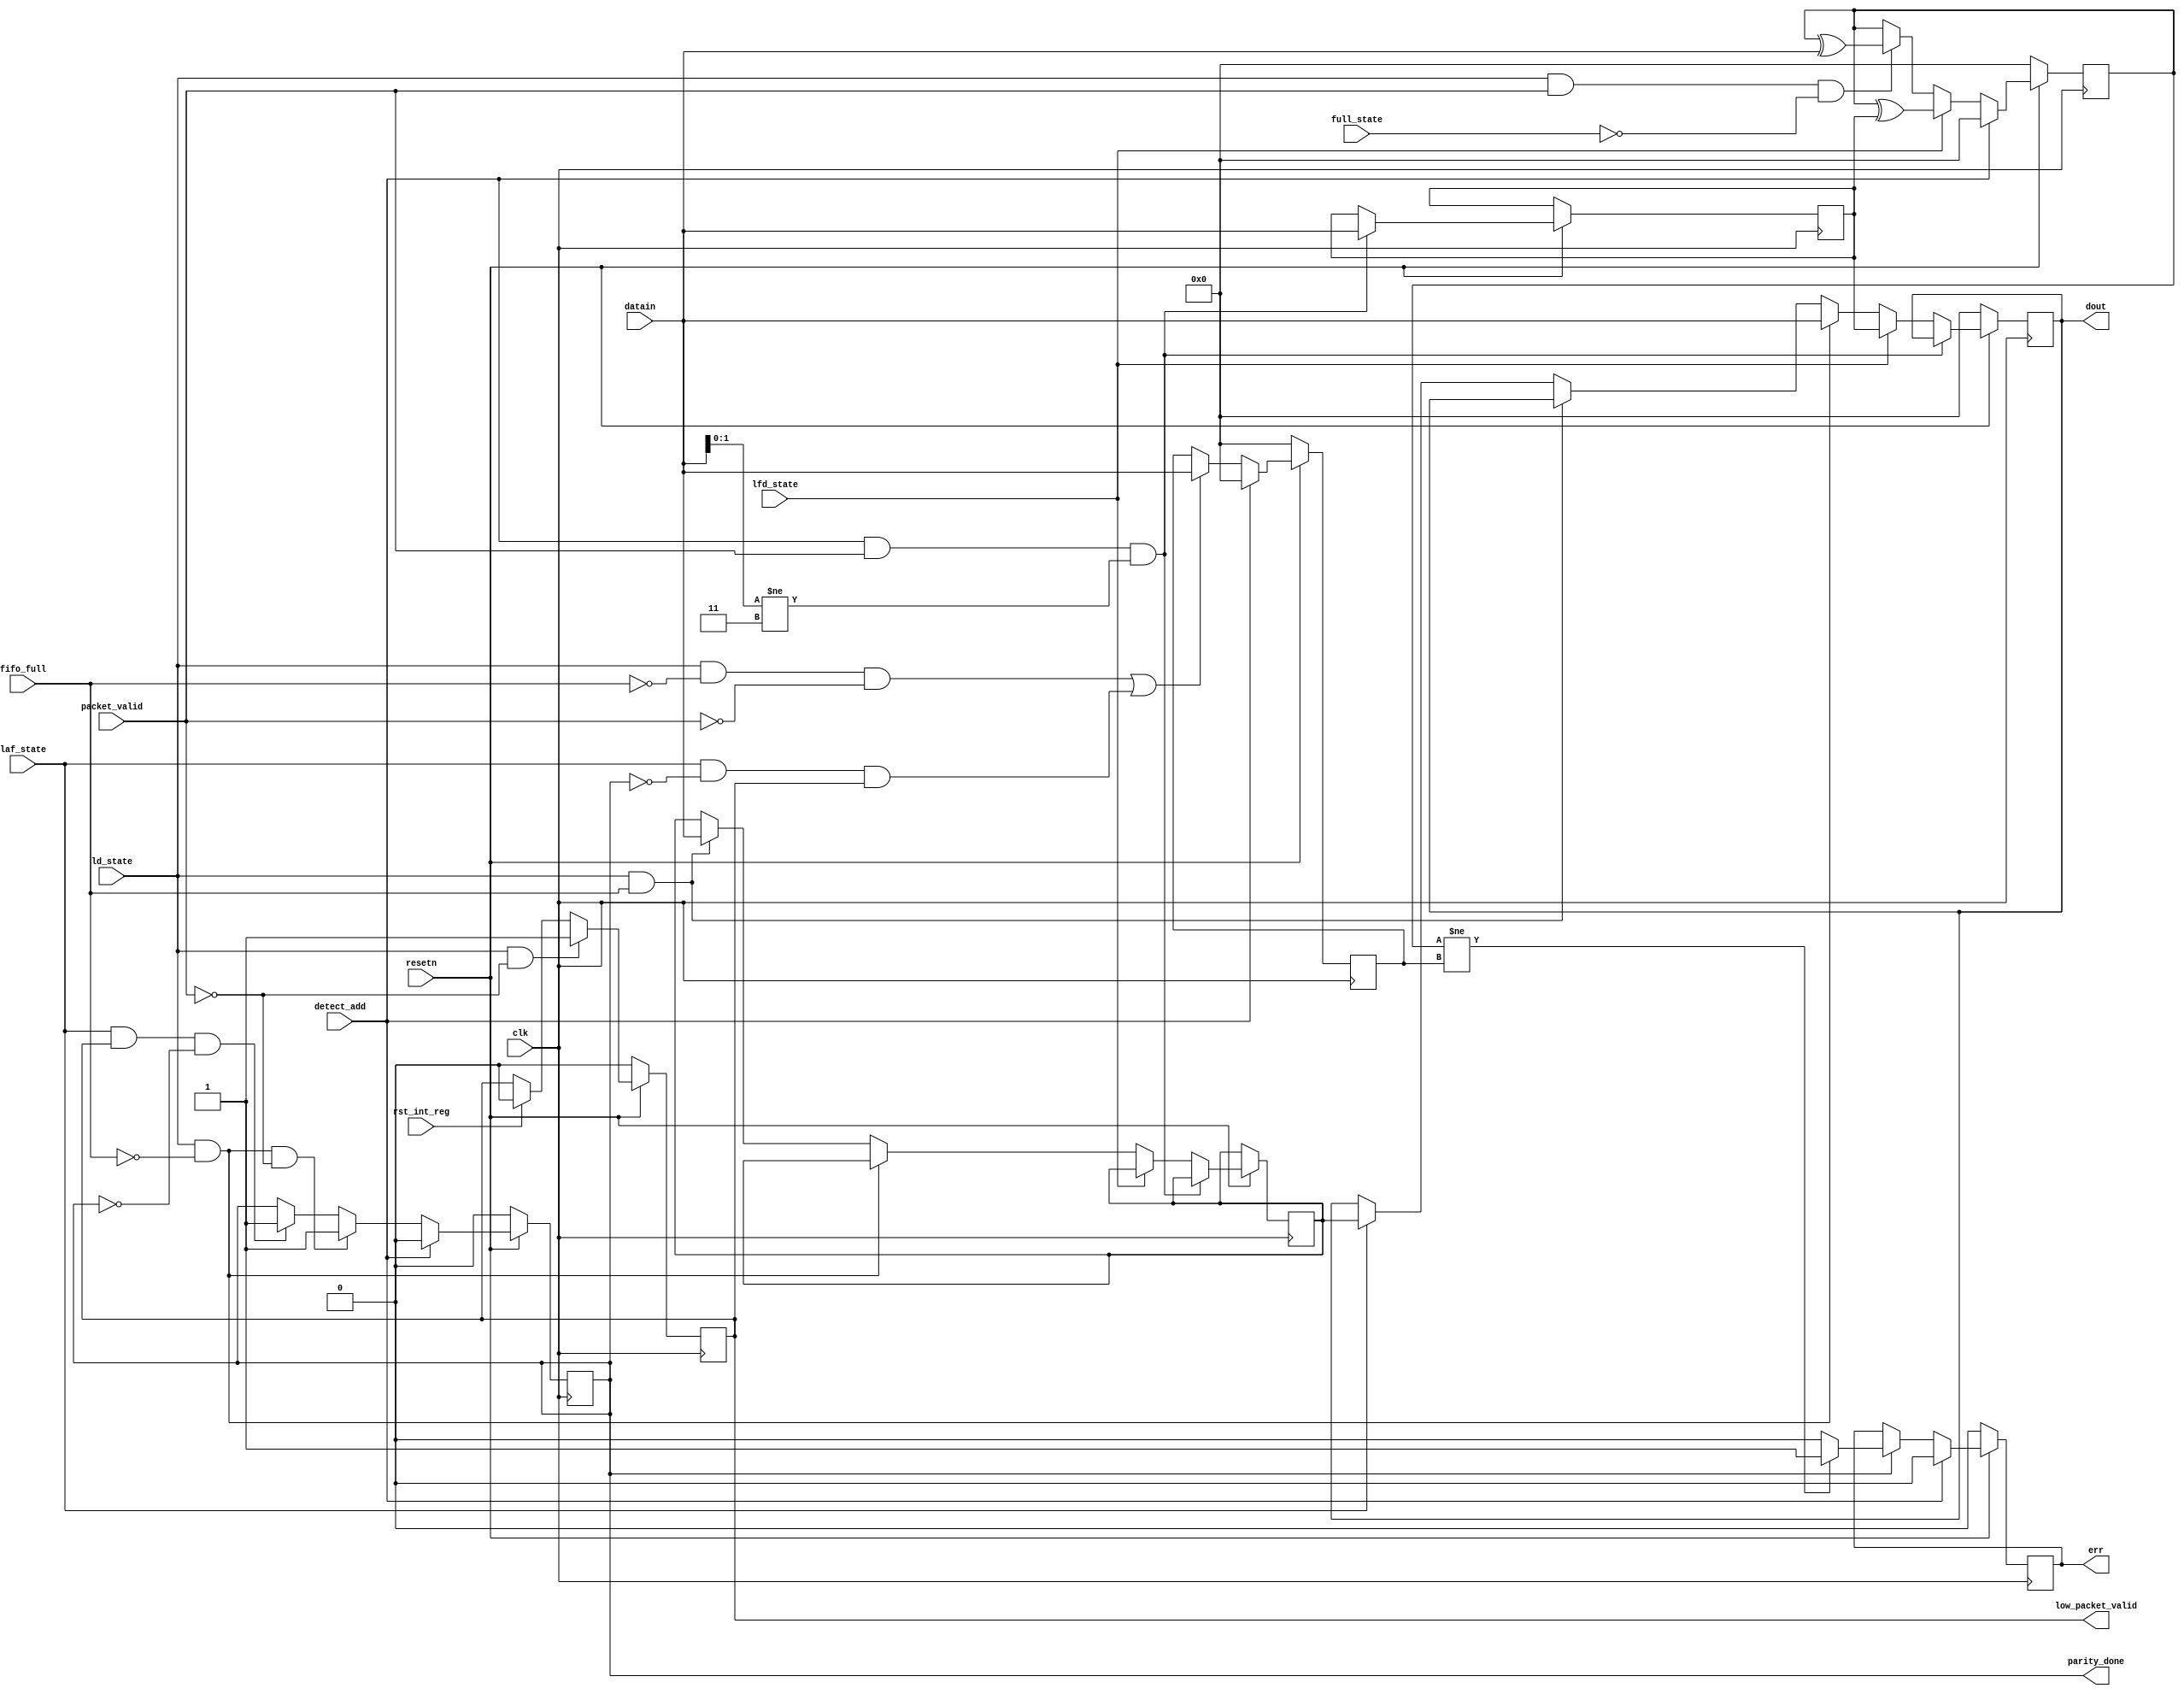
module router_reg(input clk,resetn,packet_valid,
				  input [7:0] datain,
				  input fifo_full,detect_add,ld_state,laf_state,full_state,lfd_state,rst_int_reg,
				  output reg err,parity_done,low_packet_valid,
				  output reg [7:0] dout);
				  
reg [7:0] hold_header_byte,fifo_full_state_byte,internal_parity,packet_parity_byte;
//--------------------------------------------------------------------------------------------------------------
//parity done logic

always@(posedge clk)
begin
if(!resetn)
begin
parity_done<=1'b0;
end
	
else if(detect_add)
parity_done<=1'b0;

else 
begin
if(ld_state && ~fifo_full && ~packet_valid)
parity_done<=1'b1;
else if(laf_state && low_packet_valid && ~parity_done)
parity_done<=1'b1;
end
end
//--------------------------------------------------------------------------------------------------------------------
//low_packet valid


always@(posedge clk)
begin
if(!resetn)
low_packet_valid<=1'b0;
else 
begin
if(rst_int_reg)                           // will reset the lpv
low_packet_valid<=1'b0;
if(ld_state==1'b1 && packet_valid==1'b0)
low_packet_valid<=1'b1;
end
end
//----------------------------------------------------------------------------------------------------------
//dout logic

always@(posedge clk)

begin
if(!resetn)
dout<=8'b0;
else
begin
if(detect_add && packet_valid && datain[1:0]!=2'b11)
hold_header_byte<=datain;
else if(lfd_state)
dout<=hold_header_byte;
else if(ld_state && ~fifo_full)
dout<=datain;
else if(ld_state && fifo_full)
fifo_full_state_byte<=datain;
else 
begin
if(laf_state)
dout<=fifo_full_state_byte;
end
end
end
//-----------------------------------------------------------------------------------------------------
// internal parity


always@(posedge clk)
begin
if(!resetn)
internal_parity<=8'b0;
else if(detect_add)
internal_parity<=8'b0;
else if(lfd_state)
internal_parity<=internal_parity ^ hold_header_byte;
else if(ld_state && packet_valid && !full_state)
internal_parity<=internal_parity ^ datain;		
end
//--------------------------------------------------------------------------------------------------------	
//error and packet_


always@(posedge clk)
begin
if(!resetn)
packet_parity_byte<=8'b0;
else if(detect_add)
packet_parity_byte<=8'b0;
else if((ld_state && !fifo_full && !packet_valid) || (laf_state && !parity_done && low_packet_valid))
packet_parity_byte<=datain;
		
end
//-------------------------------------------------------------------------------------------------------------------------------------
//error


always@(posedge clk)
begin
if(!resetn)
err<=1'b0;
else if(detect_add)
err<=1'b0;
else
begin
if(parity_done)
begin
if(internal_parity!=packet_parity_byte)
err<=1'b1;
else
err<=1'b0;
end
end
end

endmodule